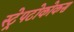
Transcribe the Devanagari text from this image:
स्ट्रेपटोकोकस